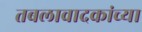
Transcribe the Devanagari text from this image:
तबलावादकांच्या